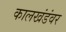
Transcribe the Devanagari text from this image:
कालखंडंवर